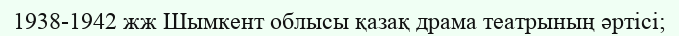
1938-1942 жж Шымкент облысы қазақ драма театрының әртісі;